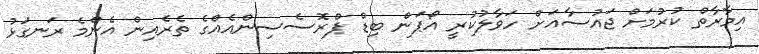
އިމާރާތް ކުރުމަށް ޖައުސާއަށް ހަވާލުކުރީ އޯޕަން ބިޑް ޕްރޮސެސިންއެއްގެ ތެރެއިން އެންމެ ރަނގަޅު